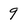
Character: 9